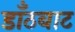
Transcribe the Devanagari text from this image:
डाँठबाट